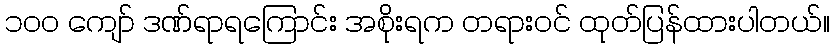
၁၀၀ ကျော် ဒဏ်ရာရကြောင်း အစိုးရက တရားဝင် ထုတ်ပြန်ထားပါတယ်။